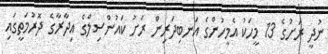
ނުދީ ރަށުގެ 13 މީހަކު އެމީހުންގެ އަނބިދަރިން ރަށު ކައުންސިލްގެ އިދާރާގެ ދޮރުމަތީގައި